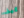
كيف